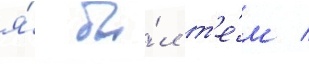
я́ бы́л т'е́м /